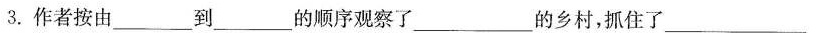
3.作者按由___到___的顺序观察了___的乡村，抓住了___